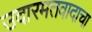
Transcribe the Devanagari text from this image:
उदारमतवादाचा